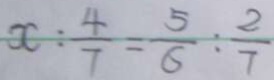
x : \frac { 4 } { 7 } = \frac { 5 } { 6 } : \frac { 2 } { 7 }